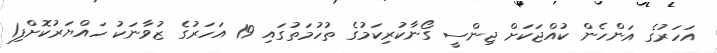
އަހަރުގެ އަންހެން ކުއްޖަކަށް ޖިންސީ ގޯނާކުރިކަމުގެ ތުހުމަތުގައި 19 އަހަރުގެ ޒުވާނަކު ހައްޔަރުކޮށްފި1